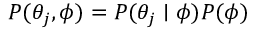
P ( \theta _ { j } , \phi ) = P ( \theta _ { j } \mid \phi ) P ( \phi )